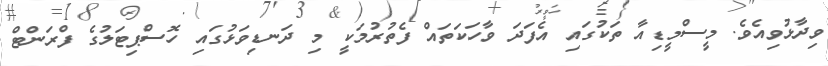
ވިދާޅުވިއެވެ. މީސްމީޑިއާ ތަކުގައި އެފަދަ ވާހަކަތައް ފެތުރުމަކީ މި ދަނޑިވަޅުގައި ހޮސްޕިޓަލުގެ ފްރަންޓް